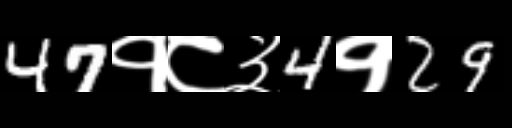
Text: 47१८३4१29